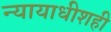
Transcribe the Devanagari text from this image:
न्यायाधीशही